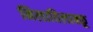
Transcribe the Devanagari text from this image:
निलाविलाक्कू